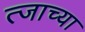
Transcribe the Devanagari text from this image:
त्जाच्या